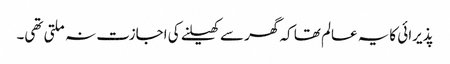
پذیرائی کایہ عالم تھا کہ گھر سے کھیلنے کی اجازت نہ ملتی تھی۔